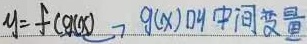
\(u = f(g(x))\)，\(g(x)\)为中间变量。